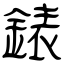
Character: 錶